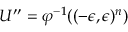
U ^ { \prime \prime } = \varphi ^ { - 1 } ( ( - \epsilon , \epsilon ) ^ { n } )